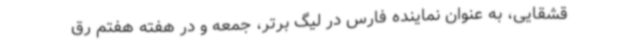
قشقایی، به عنوان نماینده فارس در لیگ برتر، جمعه و در هفته هفتم رق